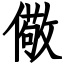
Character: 儆